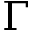
\Gamma